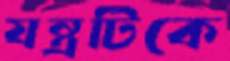
যন্ত্রটিকে